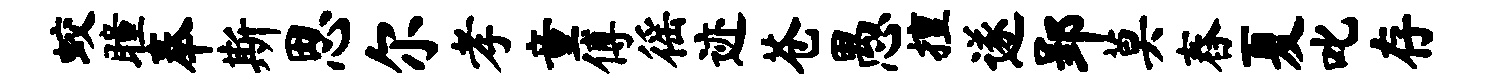
蛟瞳奉斯思尔孝童傅徭迹苍愚擅遂郢莫舂夏叱存